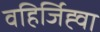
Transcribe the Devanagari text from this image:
वहिर्जिह्वा